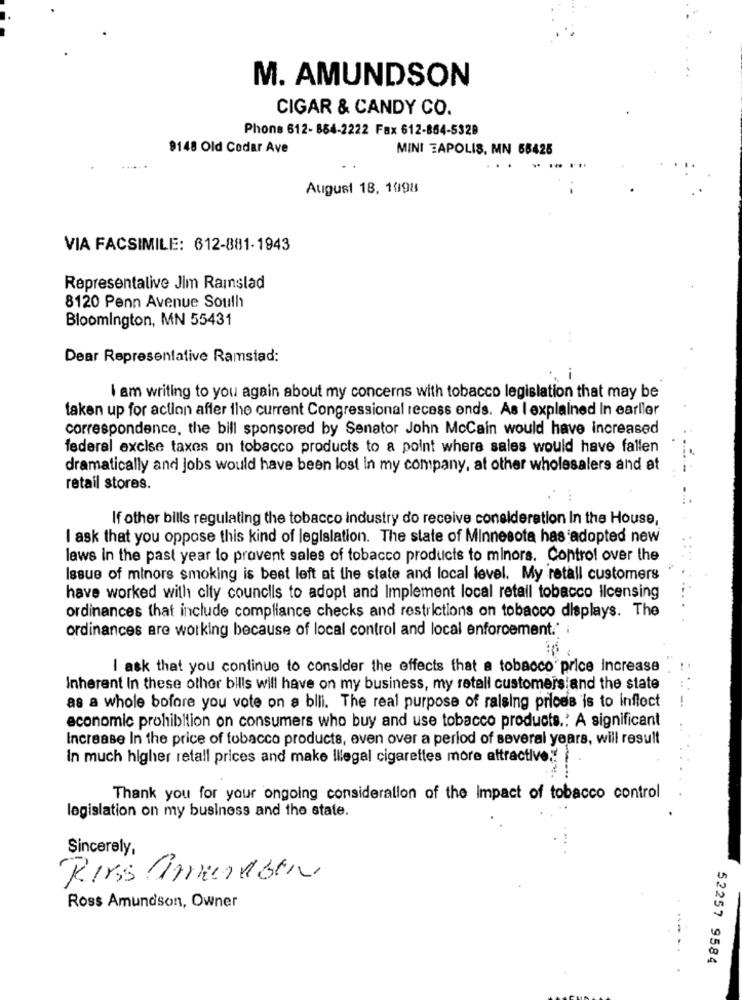
M. AMUNDSON
CIGAR & CANDY CO.
Phone 612- 884-2222 Fax 612-864-532B
9148 Old Cedar Ave
MINI EAPOLIS, MN 58425
August 18, 1998
VIA FACSIMILE: 612-881-1943
Representalive Jim Ramslad
8120 Penn Avenue South
Bloomington, MN 55431
Dear Representative Ramstad:
I am writing to you again about my concerns with tobacco legislation that may be
taken up for action affer the current Congressional recess ends. As I explained In earlier
correspondence, the bill sponsored by Senator John Mccain would have increased
federal excise taxes on tobacco products to a point where sales would have fallen
dramatically and jobs would have been lost in my company, at other wholesalers and at
retail stores.
If other bills regulating the tobacco industry do receive consideration In the House,
I ask that you oppose this kind of legislation. The state of Minnesota has adopted new
laws in the past year lo provent sales of tobacco products to minors. Control over the
Issue of minors smoking is best left at the state and local level. My retall customers
have worked with city councils to adopt and Implement local retall tobacco licensing
ordinances that include compliance checks and restrictions on tobacco displays. The
ordinances are working because of local control and local enforcement.'
I ask that you continue to consider the effects that a tobacco price Increase
Inherent In these other bills will have on my business, my retall customers and the state
as a whole bofore you vote on a bili. The real purpose of raising prices is to infloct
economic prohibition on consumers who buy and use tobacco products .: A significant
Increase In the price of tobacco products, even over a period of several years, will result
In much higher retall prices and make illegal cigarettes more attractive !!
Thank you for your ongoing consideration of the Impact of tobacco control
legislation on my business and the state.
Sincerely,
Rires Amundsen
Ross Amundson, Owner
52257 9584